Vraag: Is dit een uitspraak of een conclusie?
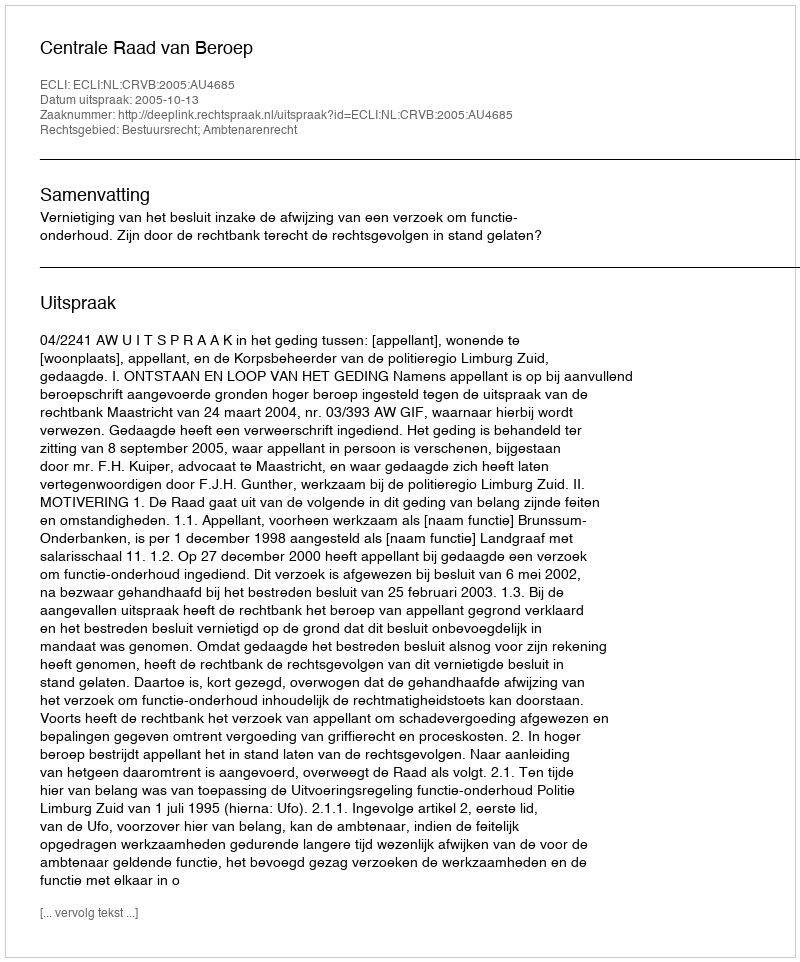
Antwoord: Uitspraak